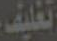
تغليف